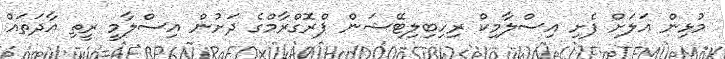
މުޅިން އަލަށް ފެށި އިސްލާމިކް ރިހިބިލިޓޭޝަން ޕްރޮގްރާމްގެ ދަށުން އިސްލާމީ ރީތި އާދަތައް